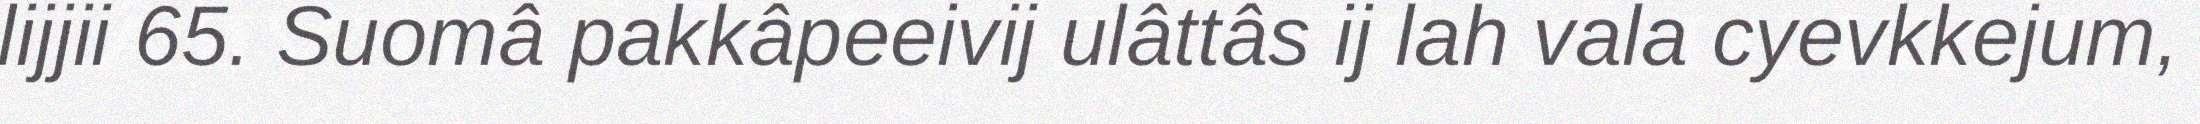
lijjii 65. Suomâ pakkâpeeivij ulâttâs ij lah vala cyevkkejum,